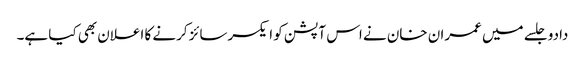
دادو جلسے میں عمران خان نے اس آپشن کو ایکسرسائز کرنے کا اعلان بھی کیا ہے۔